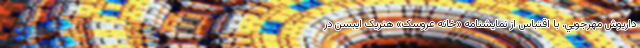
داريوش مهرجويي، با اقتباس از نمايشنامه «خانه عروسک» هنريک ايبسن در